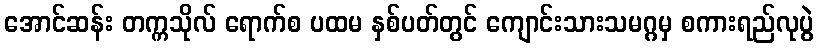
အောင်ဆန်း တက္ကသိုလ် ရောက်စ ပထမ နှစ်ပတ်တွင် ကျောင်းသားသမဂ္ဂမှ စကားရည်လုပွဲ